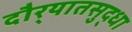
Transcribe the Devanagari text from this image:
दौर्‍यातसुद्धा